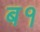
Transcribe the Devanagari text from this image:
ब१